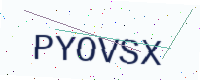
Text: PYOVSX